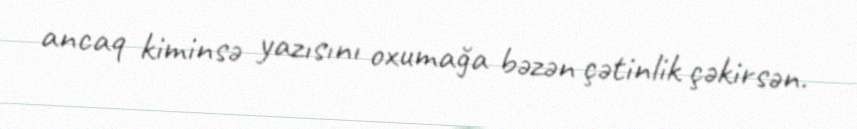
ancaq kiminsə yazısını oxumağa bəzən çətinlik çəkirsən.